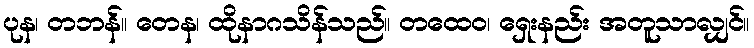
ပုန၊ တဘန်။ တေန၊ ထိုနာဂသိန်သည်။ တထေဝ၊ ရှေးနည်း အတူသာလျှင်။